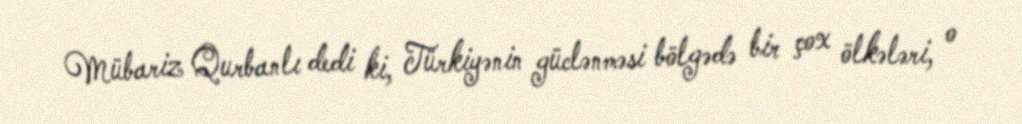
Mübariz Qurbanlı dedi ki, Türkiyənin güclənməsi bölgədə bir çox ölkələri, o